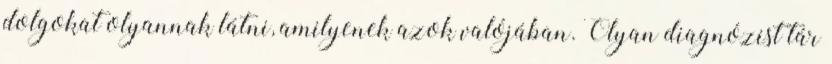
dolgokat olyannak látni, amilyenek azok valójában. Olyan diagnózist tár